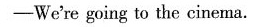
-We're going to the cinema.